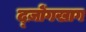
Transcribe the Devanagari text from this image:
द्ज़ोंगखाग